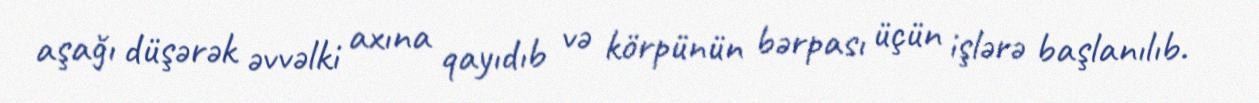
aşağı düşərək əvvəlki axına qayıdıb və körpünün bərpası üçün işlərə başlanılıb.